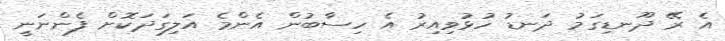
އެ ރޭ ދޫނޑިގަމު ދަނޑު ހުޅުވިއިރު އެ ހިސާބުން އެންމެެ އަލިގަދަކޮށް ފެންނަނީ